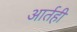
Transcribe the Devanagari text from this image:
आर्तही